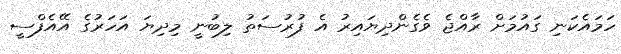
ހަމައެކަނި ގައުމަށް ރާއްޖެ ވެގެންދިޔައިރު އެ ފުރުސަތު ލިބުނީ މިދިޔަ އަހަރުގެ އޭއެފްސީ